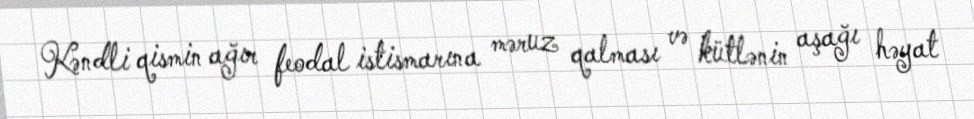
Kəndli qismin ağır feodal istismarına məruz qalması və kütlənin aşağı həyat